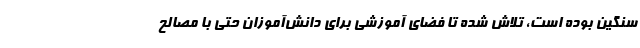
سنگین بوده است، تلاش شده تا فضای آموزشی برای دانش‌آموزان حتی با مصالح